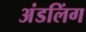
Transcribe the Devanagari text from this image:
अंडलिंग